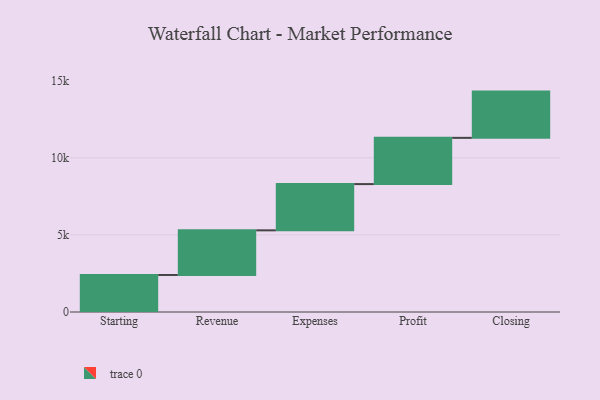
{"axis": {"x": "Step", "y": "Value"}, "legend": [""], "data": [{"x": "Starting", "y": 2402.0, "type": ""}, {"x": "Revenue", "y": 2895.0, "type": ""}, {"x": "Expenses", "y": 3000, "type": ""}, {"x": "Profit", "y": 3000, "type": ""}, {"x": "Closing", "y": 3000, "type": ""}]}